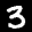
Label: 3